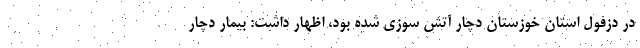
در دزفول استان خوزستان دچار آتش سوزی شده بود، اظهار داشت: بیمار دچار